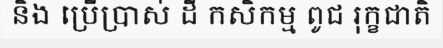
និង ប្រើប្រាស់ ដី កសិកម្ម ពូជ រុក្ខជាតិ